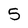
Character: 5